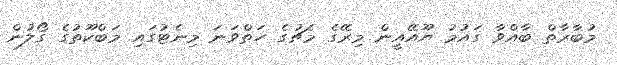
މުބާރާތް ބާއްވާ ގައުމު ޔޫއޭއީން މިރޭގެ މެޗުގެ ހަތްވަނަ މިނެޓުގައި މަބްކޫތުގެ ގޯލުން